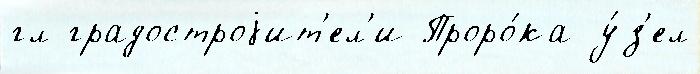
гл градостроjит'ел'и Проро́ка у́з'ел